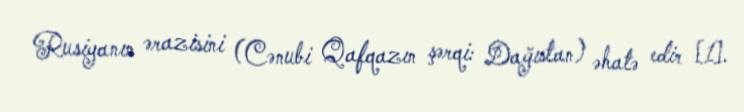
Rusiyanın ərazisini (Cənubi Qafqazın şərqi: Dağıstan) əhatə edir [1].